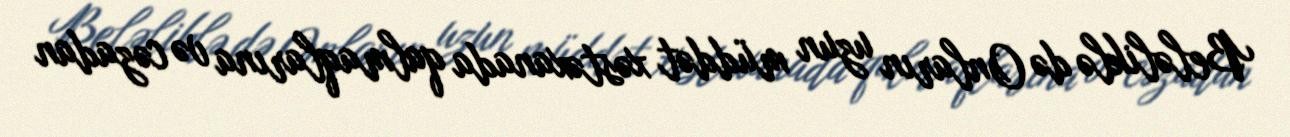
Beləliklə də Onların uzun müddət xəstəxanada qalmaqlarına və cəzadan